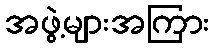
အဖွဲ့များအကြား